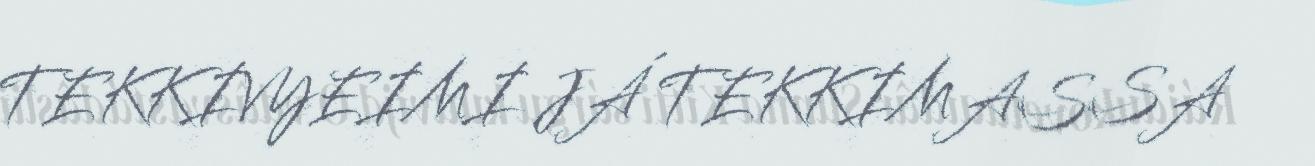
TEKKIVYEIMI JÁ TEKKIMASSA